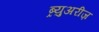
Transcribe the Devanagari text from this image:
ब्र्युअरीज़